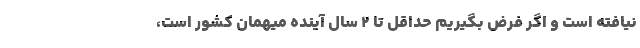
نیافته است و اگر فرض بگیریم حداقل تا ۲ سال آینده میهمان کشور است،